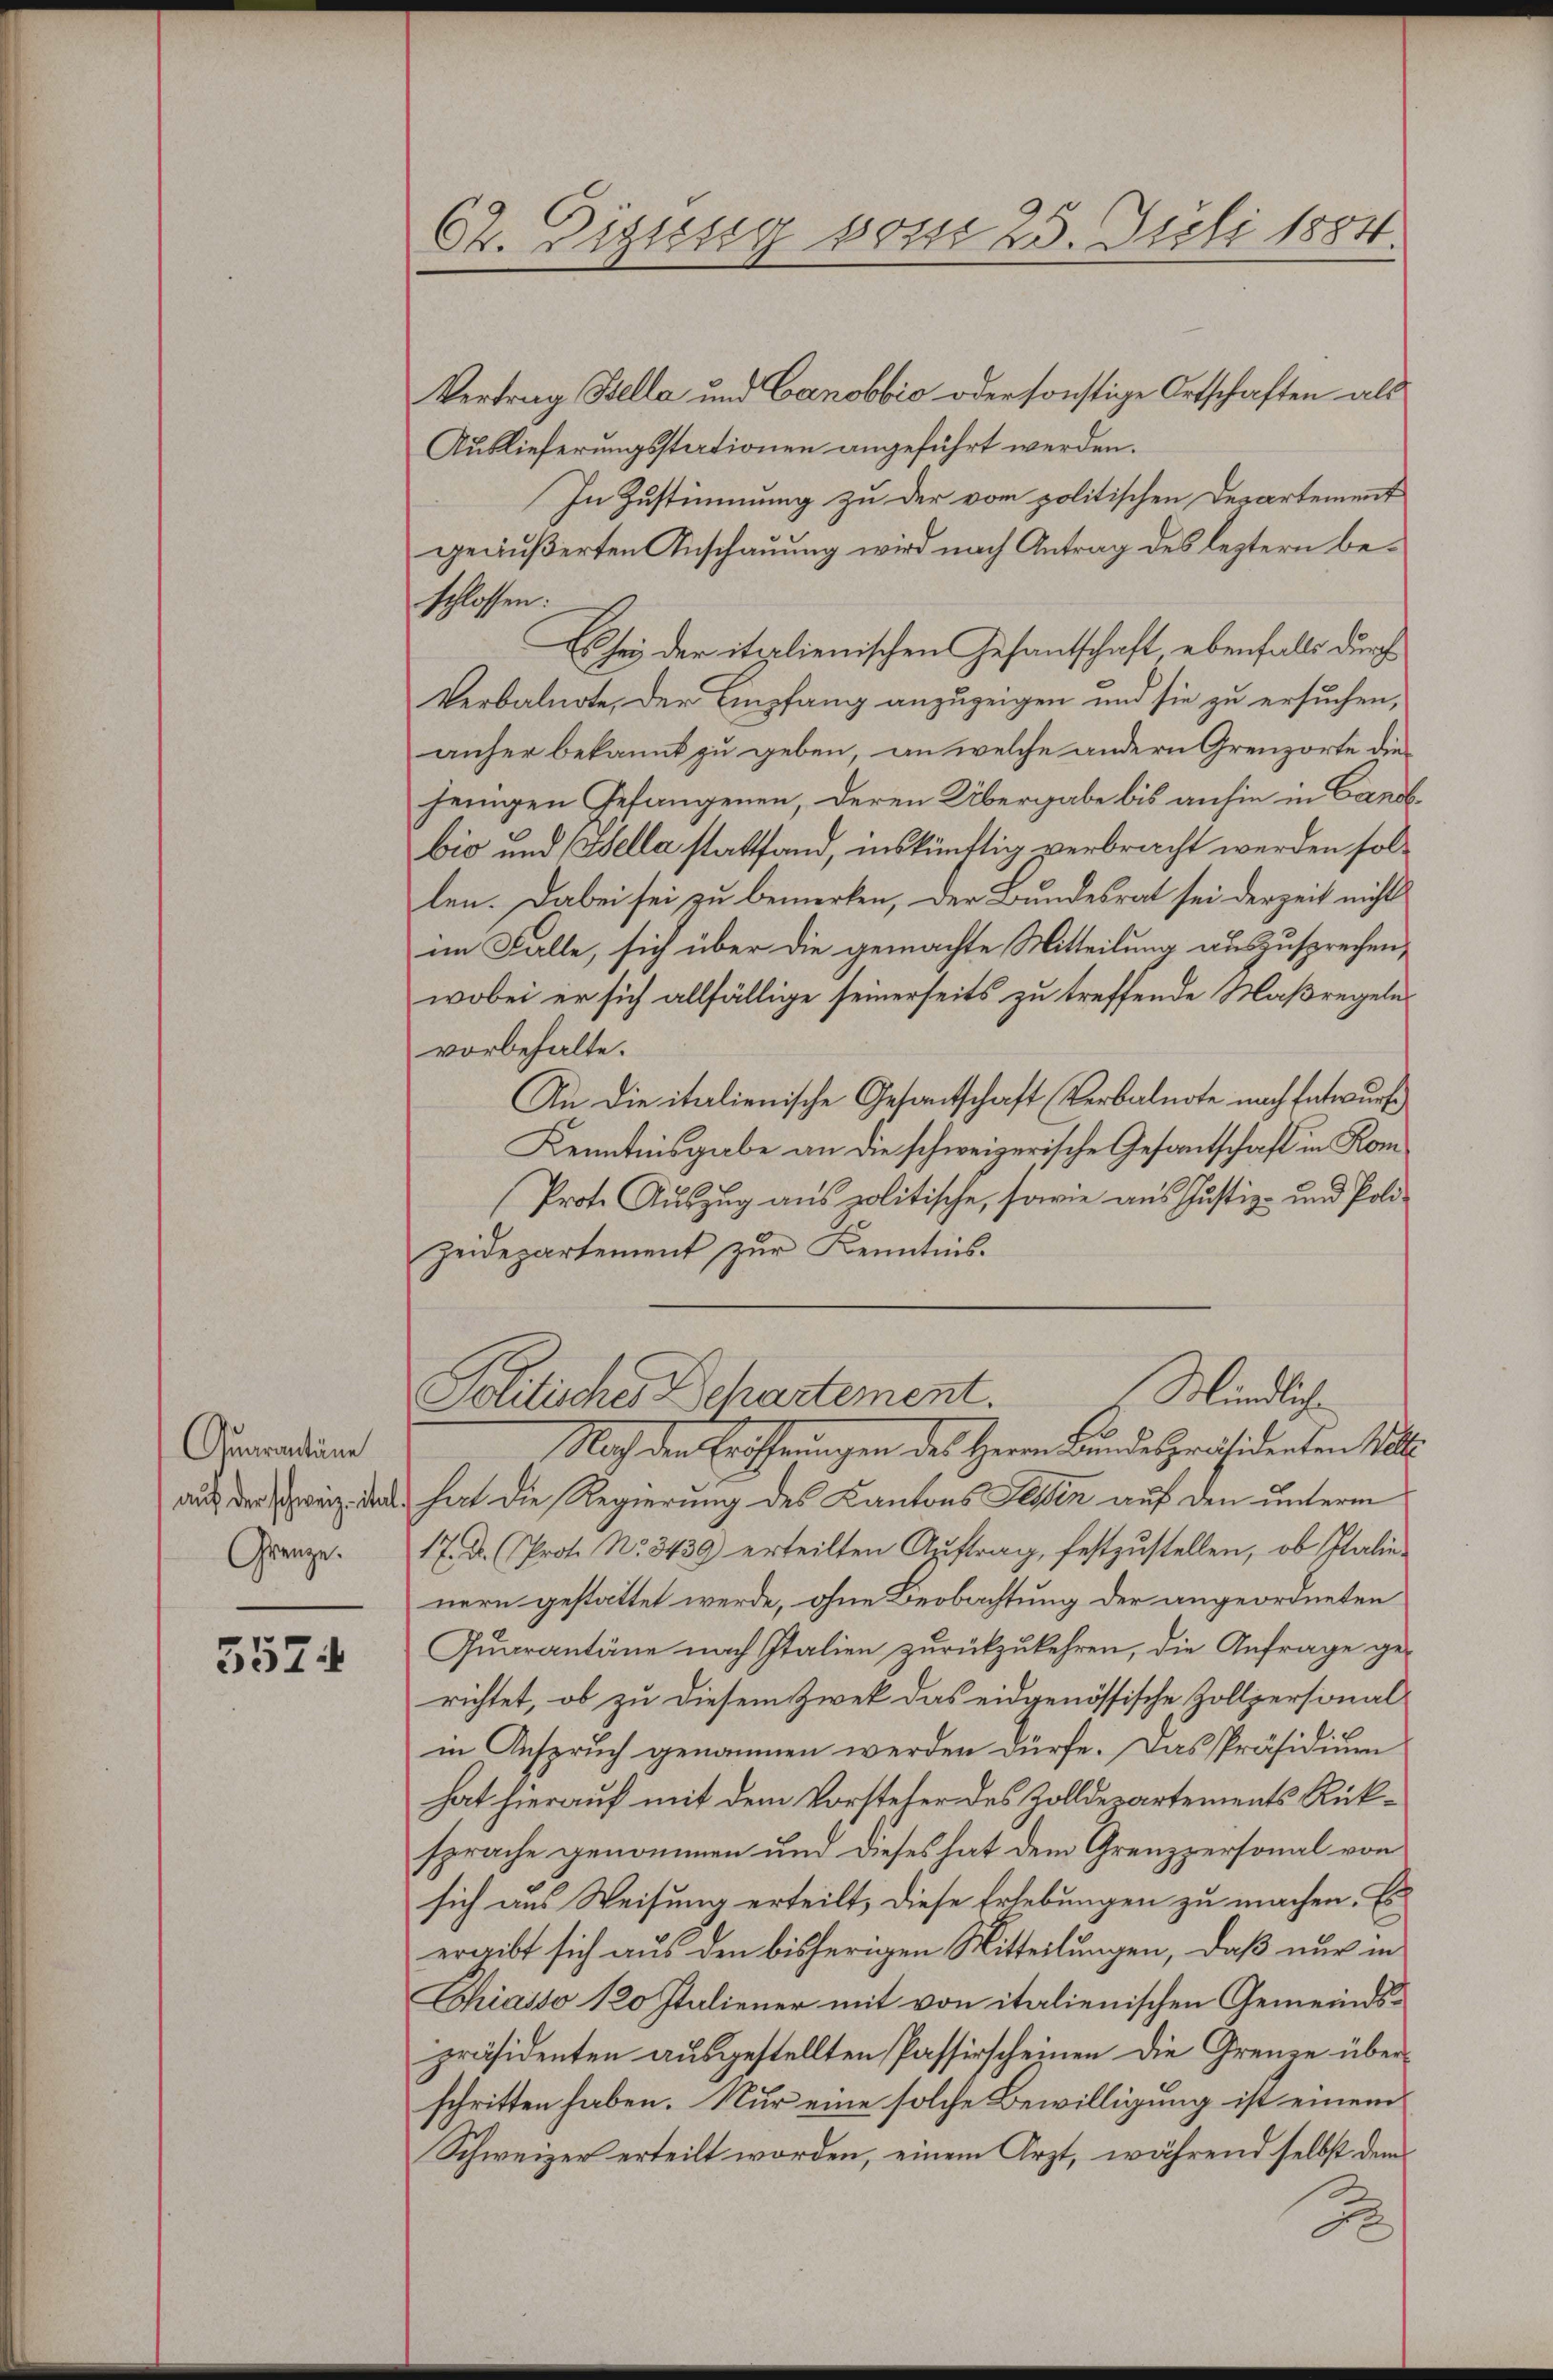
Auarantine
auf der schweiz. ital
Grenze.

557

62. Digung vom 25. Juli 1884.

Vertrag Bella und Canobbio oder sonstige Ortschaften als
Auslieferungsstationen angeführt werden.
In Zustimmung zu der von politischen Departement
geäußerten Anschauung wird nach Antrag des leztern beschlossen:
sey der italienischen Gesandtschaft ebenfalls durch
Verbalnote, der Empfang anzuzeigen und sie zu ersuchen,
anher bekannt zu geben, an welche andern Grenzorte diejenigen Gefangenen, deren Übergabe bis anhin in Candb.
bio und Sella stattfand, inskünftig verbracht werden sollen. Dabei sei zu bemerken, der Bundesrat sei derzeit nicht
im Falle, sich über die gemachte Mitteilung auszusprechen,
wobei er sich allfällige seinerseits zu treffende Maßregelnvorbehalte.
An die italienische Gesandtschaft (Verbalnote nach Entwurf
Kenntnisgabe an die schweizerische Gesantschaft in Kom¬
Prote Auszug aus politische, sowie aus Justiz- und Poli-
zeidepartement zur Kenntnis.
Mindliche
Solitisches Departement.
Nach den Eröffnungen des Herrn Bundespräsidenten Voll
hat die Regierung des Kantons Tessin auf den unterm
17. Dr. Prot. No. 3439 erteilten Aŭftrag, festzŭstellen, ob Italie
nern gestattet werde, ohne Beobachtung der angeordneten
Quarantäne nach Italien zurückzukehren, die Anfrage ge-
richtet, ob zu diesem Zwek das eidgenössische Zollpersonal-
in Anspruch genommen werden dürfe. Das Präsidium
hat hierauf mit dem Vorsteher des Zolldepartements Rücksprache genommen und dieses hat dem Grenzpersonal von
sich aus Weisung erteilt, diese Erhebungen zu machen. Es
ergibt sich aus den bisherigen Mitteilungen, daß nur in
Chiasso 120 Italiener mit von italienischen Gemeindspräsidenten ausgestellten Passerscheinen die Grenze überschritten haben. Nur eine solche Bewilligung ist einem
Schweizer erteilt worden, einem Arzt, während selbst dem
B